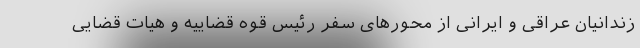
زندانیان عراقی و ایرانی از محورهای سفر رئیس قوه قضاییه و هیات قضایی